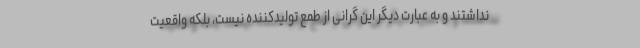
نداشتند و به عبارت دیگر این گرانی از طمع تولیدکننده نیست، بلکه واقعیت